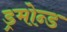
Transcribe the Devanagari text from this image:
ड्रमोन्ड